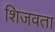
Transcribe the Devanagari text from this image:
शिजवता